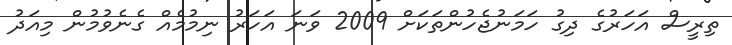
ތިރީސް އަހަރުގެ ދިގު ހަމަނުޖެހުންތަކަށް 2009 ވަނަ އަހަރު ނިމުމެއް ގެނެވުމުން މިއަދު